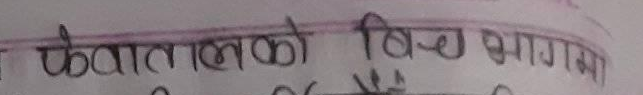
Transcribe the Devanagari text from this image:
फेलालाको बिच भागमा